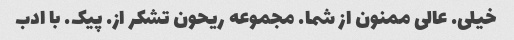
خیلی. عالی ممنون از شما. مجموعه ریحون تشکر از. پیک. با ادب